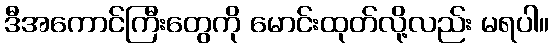
ဒီအကောင်ကြီးတွေကို မောင်းထုတ်လို့လည်း မရပါ။